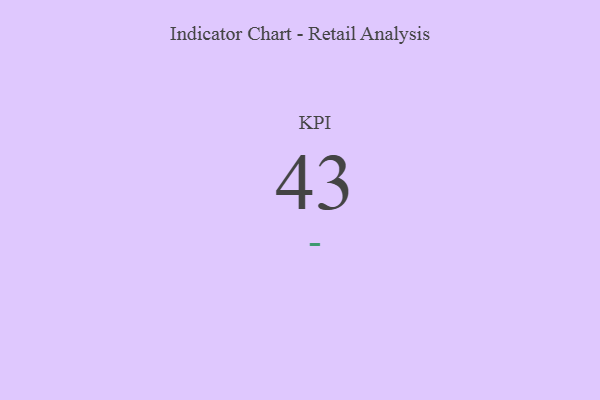
{"axis": {"x": "KPI", "y": "Value"}, "legend": [""], "data": [{"x": "KPI", "y": 43, "type": ""}]}